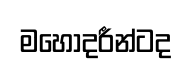
මහොදරීන්ටද